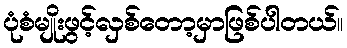
ပုံစံမျိုးဖွင့်လှစ်တော့မှာဖြစ်ပါတယ်။